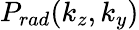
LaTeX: P_{rad}(k_{z},k_{y})